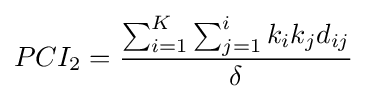
PCI_{2}={\frac {\sum _{i=1}^{K}\sum _{j=1}^{i}k_{i}k_{j}d_{ij}}{\delta }}